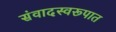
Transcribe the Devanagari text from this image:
संवादस्वरूपात